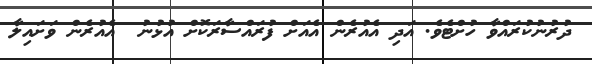
ދުރުނުކުރައްވާ ހުށްޓެވެ. އަދި އެއުރެން އެއަށް ފުރައްސާރަކޮށް އުޅުނު  އެއުރެން ވަށައިލާ